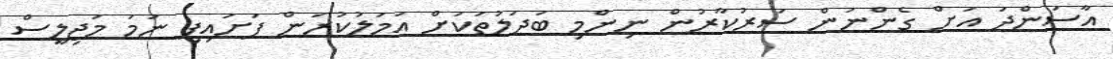
އާސަންދަ އަށް ގެންނަން ސަރުކާރުން ނިންމި ބަދަލުތަކަށް އަމަލުކުރަން ފަށައިފި ނަމަ މަޖިލީސް